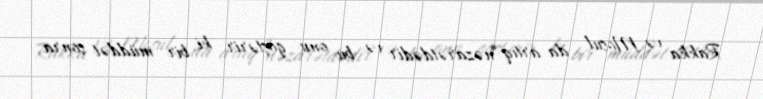
Rakka və Mosul da artıq nəzarətdədir və bu onu göstərir ki, bir müddət sonra